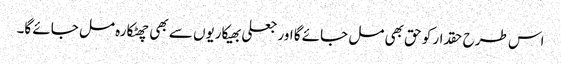
اس طرح حقدار کو حق بھی مل جائے گا اور جعلی بھیکاریوں سے بھی چھٹکارہ مل جائے گا۔